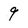
Character: 9